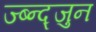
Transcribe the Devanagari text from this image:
ज्ब्न्द्जुन